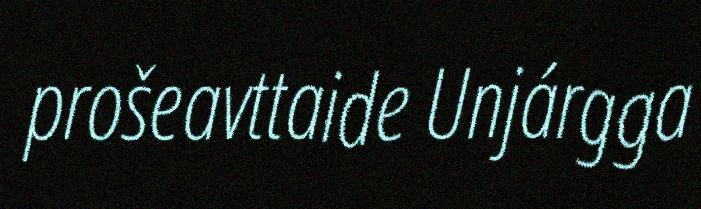
prošeavttaide Unjárgga